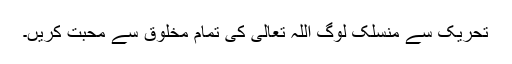
تحریک سے منسلک لوگ اللہ تعالیٰ کی تمام مخلوق سے محبت کریں۔